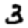
Digit: 3